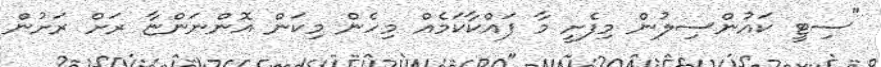
"ސިޓީ ކައުންސިލުން މިފެށީ މާ ފައްކާކަމެއް މިހެން މިކަން އޮންނަންޏާ ރަށް ރަށުން